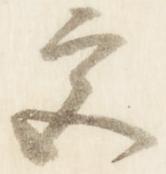
宮